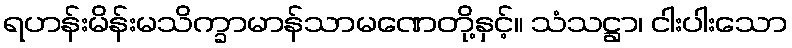
ရဟန်းမိန်းမသိက္ခာမာန်သာမဏေတို့နှင့်။ သံသဋ္ဌာ၊ ငါးပါးသော